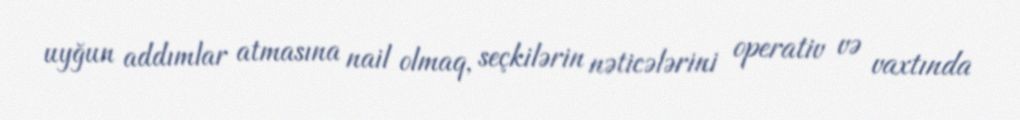
uyğun addımlar atmasına nail olmaq, seçkilərin nəticələrini operativ və vaxtında